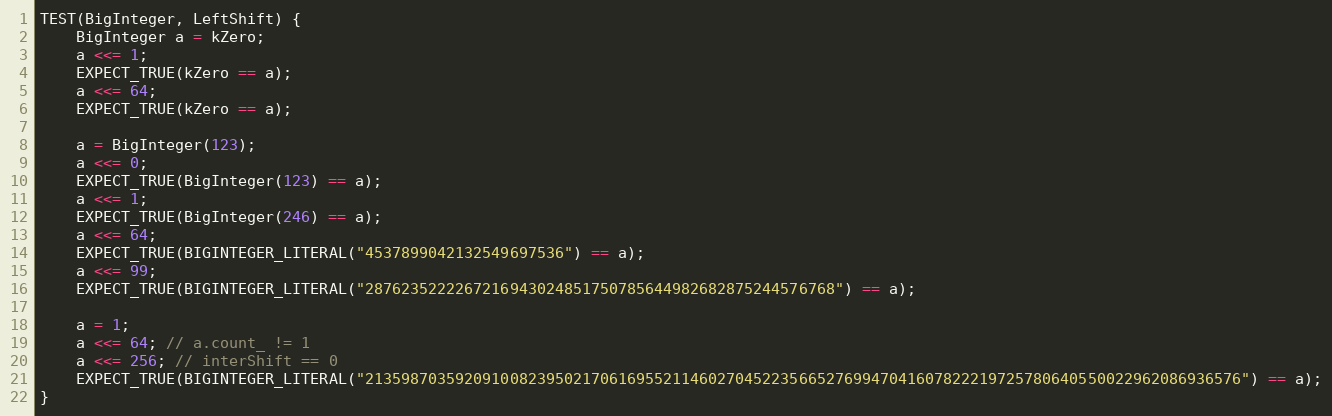
Language: C++
TEST(BigInteger, LeftShift) {
    BigInteger a = kZero;
    a <<= 1;
    EXPECT_TRUE(kZero == a);
    a <<= 64;
    EXPECT_TRUE(kZero == a);

    a = BigInteger(123);
    a <<= 0;
    EXPECT_TRUE(BigInteger(123) == a);
    a <<= 1;
    EXPECT_TRUE(BigInteger(246) == a);
    a <<= 64;
    EXPECT_TRUE(BIGINTEGER_LITERAL("4537899042132549697536") == a);
    a <<= 99;
    EXPECT_TRUE(BIGINTEGER_LITERAL("2876235222267216943024851750785644982682875244576768") == a);

    a = 1;
    a <<= 64; // a.count_ != 1
    a <<= 256; // interShift == 0
    EXPECT_TRUE(BIGINTEGER_LITERAL("2135987035920910082395021706169552114602704522356652769947041607822219725780640550022962086936576") == a);
}